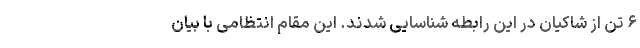
۶ تن از شاکیان در این رابطه شناسایی شدند. این مقام انتظامی با بیان